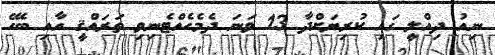
ނިއު ދިއްލީ ގައި ކުރިޔަށްދާ 13 ވަނަ ދެމެހެއްޓެނިވި ތަރައްޤީ އާއި ބެހޭ